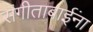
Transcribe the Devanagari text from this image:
संगीताबाईंना